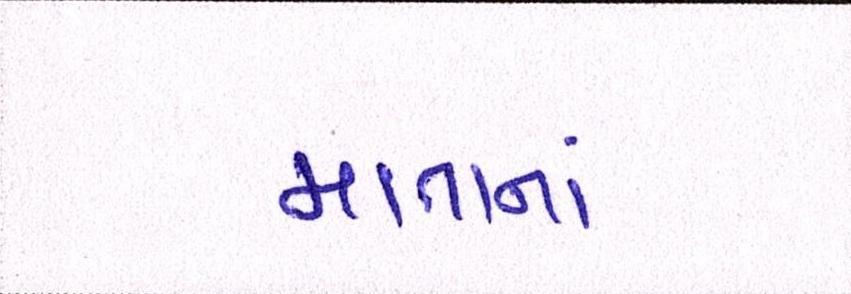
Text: માતાનાં